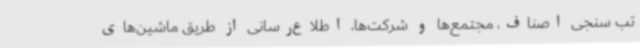
تب سنجی اصناف، مجتمع‌ها و شرکت‌ها، اطلاع‌رسانی از طریق ماشین‌های